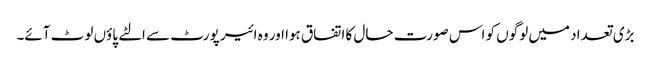
بڑی تعداد میں لوگوں کو اس صورت حال کا اتفاق ہوا اور وہ ائیر پورٹ سے الٹے پاؤں لوٹ آئے۔